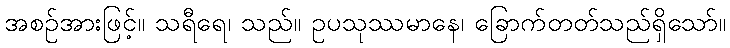
အစဉ်အားဖြင့်။ သရီရေ၊ သည်။ ဥပသုဿမာနေ၊ ခြောက်တတ်သည်ရှိသော်။